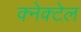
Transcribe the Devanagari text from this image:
क्नेक्टेल